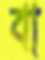
বা